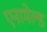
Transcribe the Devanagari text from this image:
एनामेल्ड